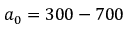
a _ { 0 } = 3 0 0 - 7 0 0